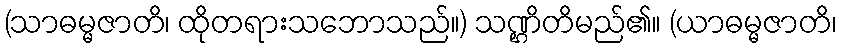
(သာဓမ္မဇာတိ၊ ထိုတရားသဘောသည်။) သဏ္ဌိတိမည်၏။ (ယာဓမ္မဇာတိ၊